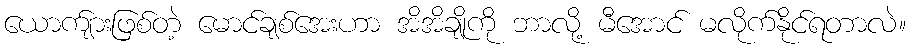
ယောက်ျားဖြစ်တဲ့ မောင်ချစ်အေးဟာ အိအိချိုကို ဘာလို့ မီအောင် မလိုက်နိုင်ရတာလဲ။